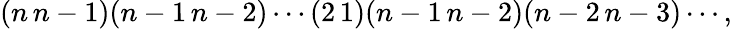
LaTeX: (n\, n-1)(n-1\, n-2)\cdots(2\, 1)(n-1\, n-2)(n-2\, n-3)\cdots,